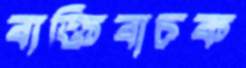
ব্যক্তিবাচক